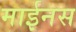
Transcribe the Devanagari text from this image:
माईनस